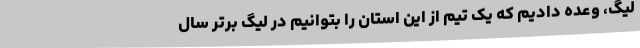
لیگ، وعده دادیم که یک تیم از این استان را بتوانیم در لیگ برتر سال